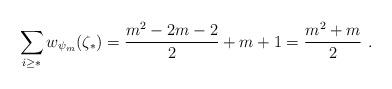
LaTeX: \begin{align*}\sum_{i\geq *} w_{\psi_m}(\zeta_*) = \frac{m^2-2m-2}{2} + m+1 = \frac{m^2+m}{2}\ .\end{align*}